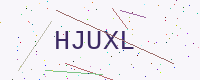
Text: HJUXL